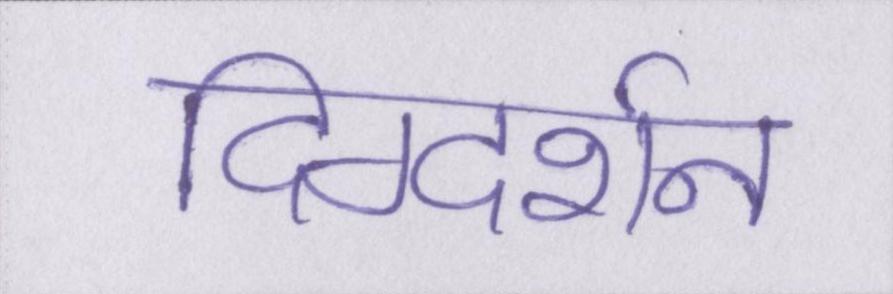
दिग्दर्शन